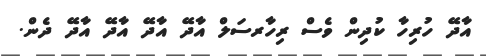
އާދޭ ހުރިހާ ކުދިން ވެސް ރިހާރސަލް އާދޭ އާދޭ އާދޭ އާދޭ ދެން.